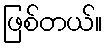
ဖြစ်တယ်။